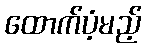
ထောက်ပံ့မည့်